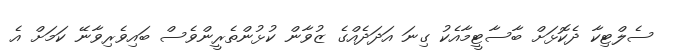
ސެލްޓިކާ ދެކޮޅަށް ބާސާޓީމާއެކު ގިނަ އަދަދެއްގެ ޒުވާން ކުޅުންތެރީންވެސް ބައިވެރިވާނޭ ކަމަށް އެ